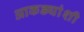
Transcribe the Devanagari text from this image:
आकड्यांशी